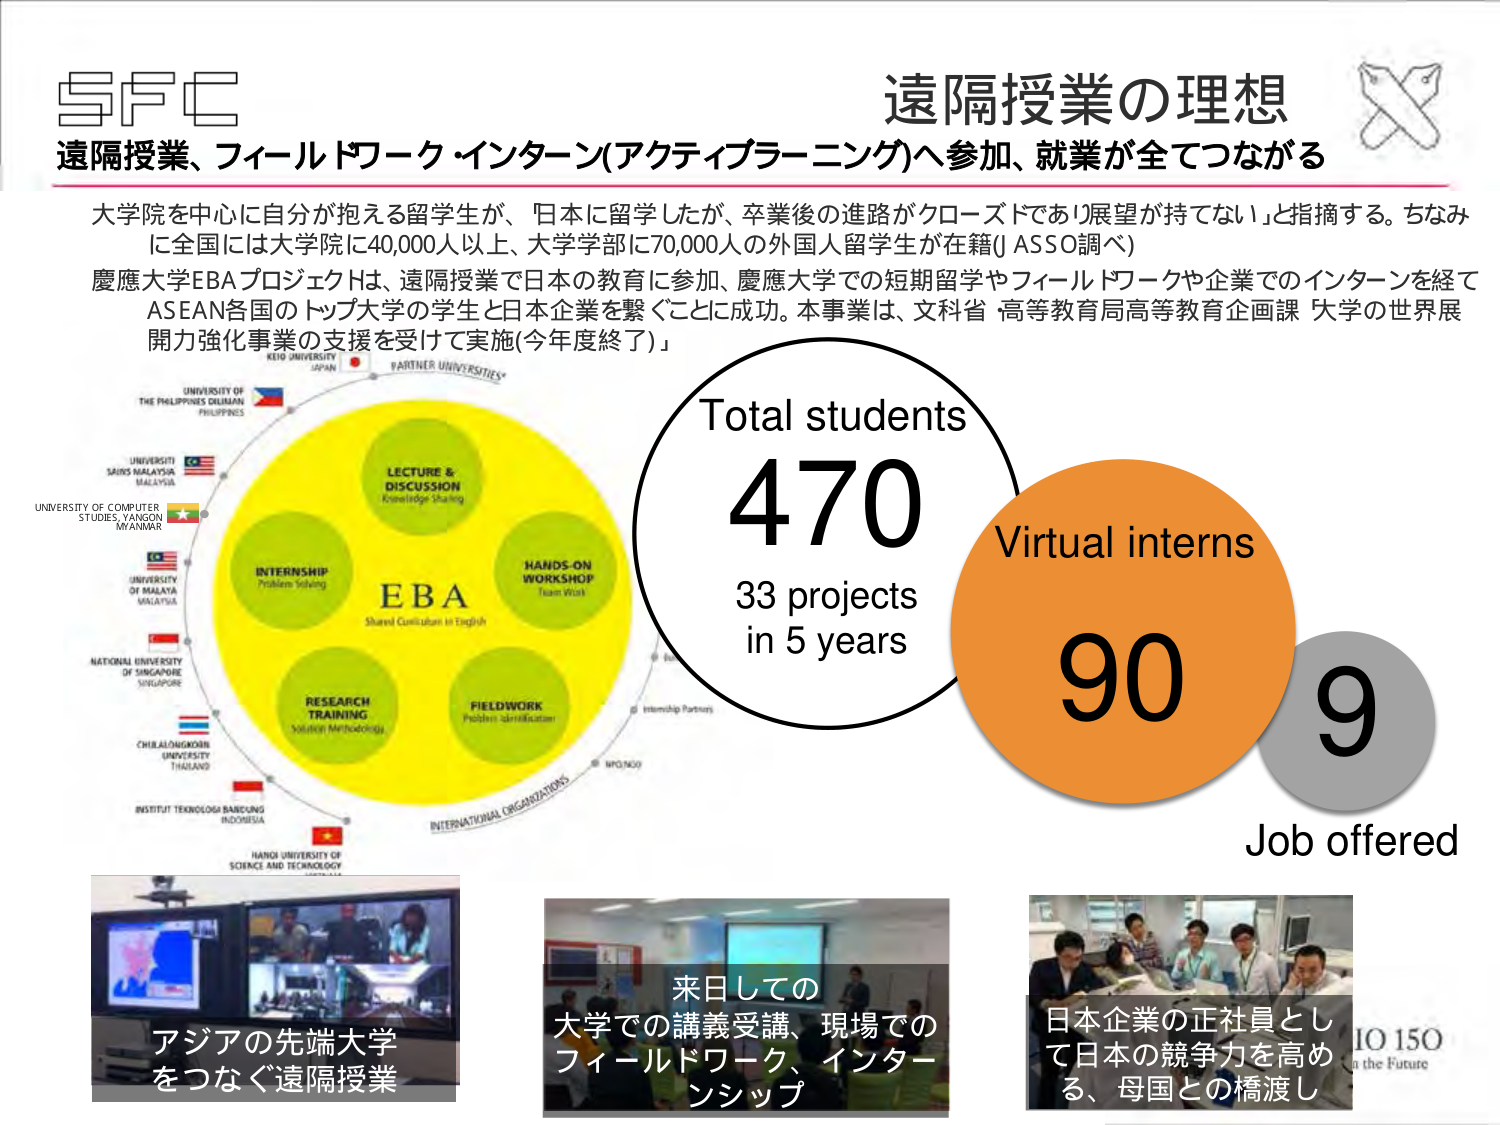
SFC
遠隔授業の理想
遠隔授業、フィールドワーク・インターン(アクティブラーニング)へ参加、就業が全てつながる

大学院を中心に自分が抱える留学生が、「日本に留学したが、卒業後の進路がクローズドであり展望が持てない」と指摘する。ちなみに全国には大学院に40,000人以上、大学学部に70,000人の外国人留学生が在籍(JASSO調べ)
慶應大学EBAプロジェクトは、遠隔授業で日本の教育に参加、慶應大学での短期留学やフィールドワークや企業でのインターンを経てASEAN各国のトップ大学の学生と日本企業を繋ぐことに成功。本事業は、文科省 高等教育局高等教育企画課「大学の世界展開力強化事業」の支援を受けて実施(今年度終了)

KEIO UNIVERSITY
JAPAN
PARTNER UNIVERSITIES*

UNIVERSITY OF THE PHILIPPINES DILIMAN
PHILIPPINES

UNIVERSITY SAINS MALAYSIA
MALAYSIA

UNIVERSITY OF COMPUTER STUDIES, YANGON
MYANMAR

UNIVERSITY OF MALAYA
MALAYSIA

NATIONAL UNIVERSITY OF SINGAPORE
SINGAPORE

CHULALONGKORN UNIVERSITY
THAILAND

INSTITUT TEKNOLOGI BANDUNG
INDONESIA

HANOI UNIVERSITY OF SCIENCE AND TECHNOLOGY
VIETNAM

INTERNATIONAL ORGANIZATIONS
Internship Partners

LECTURE & DISCUSSION
Knowledge Sharing

EBA
Shared Curriculum in English

HANDS-ON WORKSHOP
Team Work

INTERNSHIP
Problem Solving

RESEARCH TRAINING
Solution Methodology

FIELDWORK
Problem Identification

Total students
470
33 projects
in 5 years

Virtual interns
90

9
Job offered

アジアの先端大学
をつなぐ遠隔授業

来日しての
大学での講義受講、現場での
フィールドワーク、インターンシップ

日本企業の正社員として日本の競争力を高める、母国との橋渡し

IO 150
a the Future